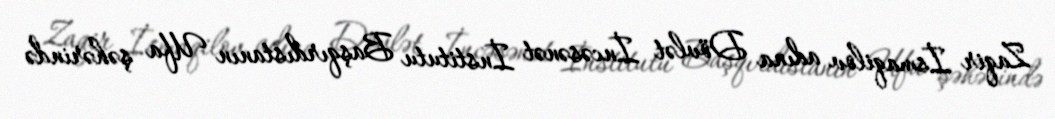
Zaqir İsmaqilov adına Dövlət İncəsənət İnstitutu Başqırdıstanın Ufa şəhərində